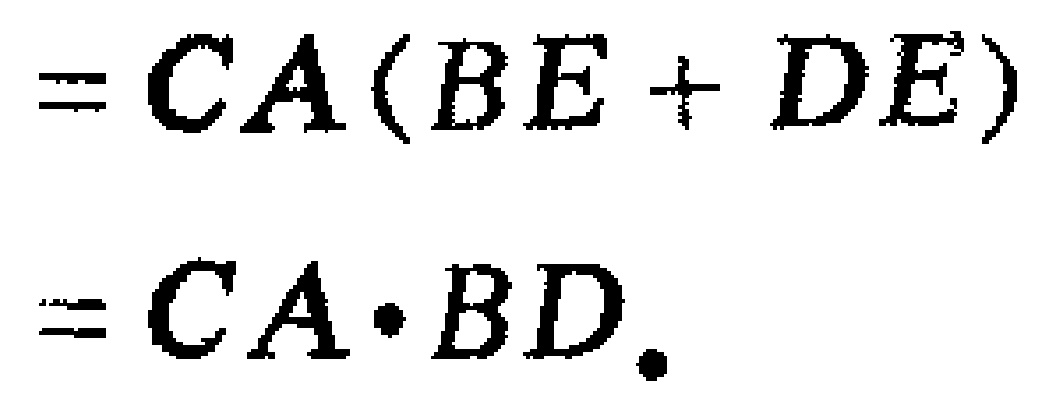
\[
\begin{align*}
&=CA(BE + DE)\\
&=CA\cdot BD.
\end{align*}
\]